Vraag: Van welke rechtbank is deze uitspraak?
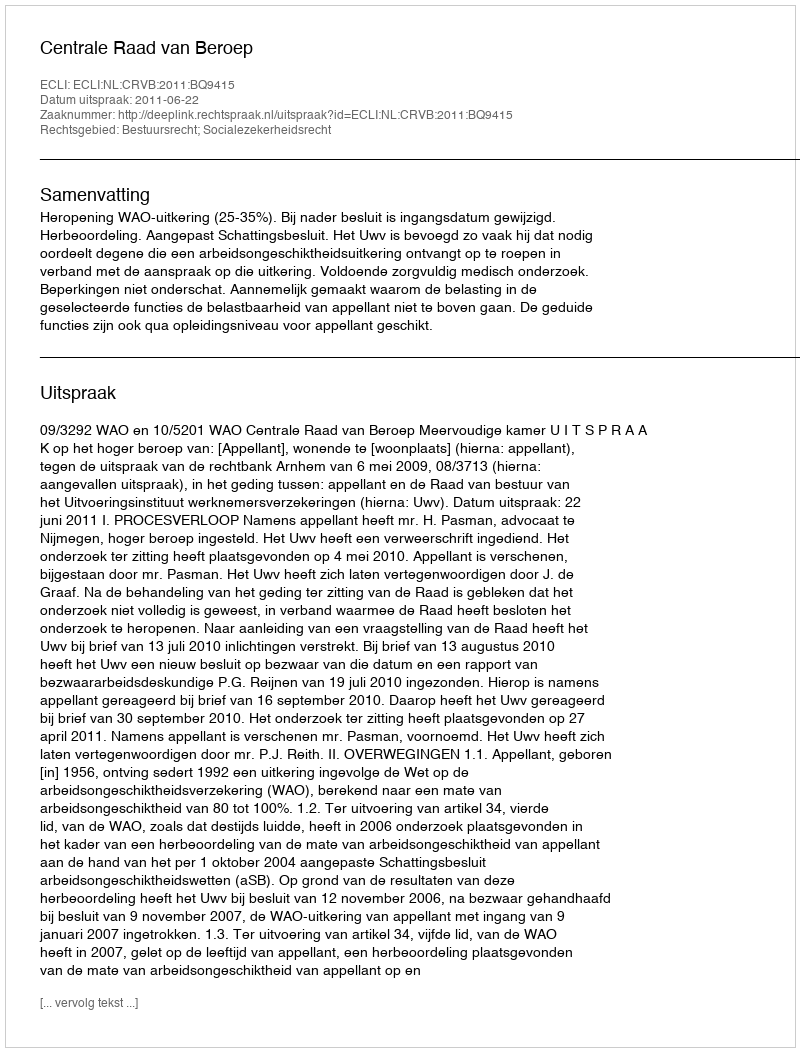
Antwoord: Centrale Raad van Beroep